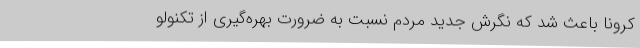
کرونا باعث شد که نگرش جدید مردم نسبت به ضرورت بهره‌گیری از تکنولو